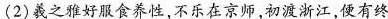
(2)获之雅好服食养性,不乐在京师,初渡浙江,便有终